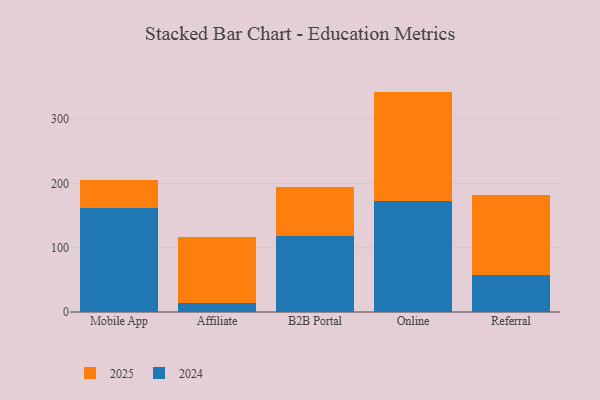
{"axis": {"x": "Channel", "y": "Active Users"}, "legend": ["2024", "2025"], "data": [{"x": "Mobile App", "y": 44.0, "type": "2025"}, {"x": "Mobile App", "y": 161.5, "type": "2024"}, {"x": "Affiliate", "y": 104.0, "type": "2025"}, {"x": "Affiliate", "y": 13.3, "type": "2024"}, {"x": "B2B Portal", "y": 75.0, "type": "2025"}, {"x": "B2B Portal", "y": 118.6, "type": "2024"}, {"x": "Online", "y": 170.0, "type": "2025"}, {"x": "Online", "y": 172.6, "type": "2024"}, {"x": "Referral", "y": 123.4, "type": "2025"}, {"x": "Referral", "y": 58.2, "type": "2024"}]}